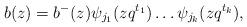
LaTeX: \begin{align*}b(z)=b^{-}(z)\psi_{j_1}(zq^{t_{1}})\ldots \psi_{j_k}(zq^{t_{k}}),\end{align*}